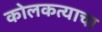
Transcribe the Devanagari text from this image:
कोलकत्याचा